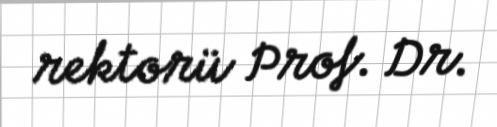
rektorü Prof. Dr.